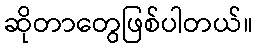
ဆိုတာတွေဖြစ်ပါတယ်။